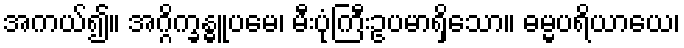
အကယ်၍။ အဂ္ဂိက္ခန္ဓူပမေ၊ မီးပုံကြီးဥပမာရှိသော။ ဓမ္မပရိယာယေ၊